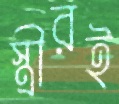
স্ত্রীরই